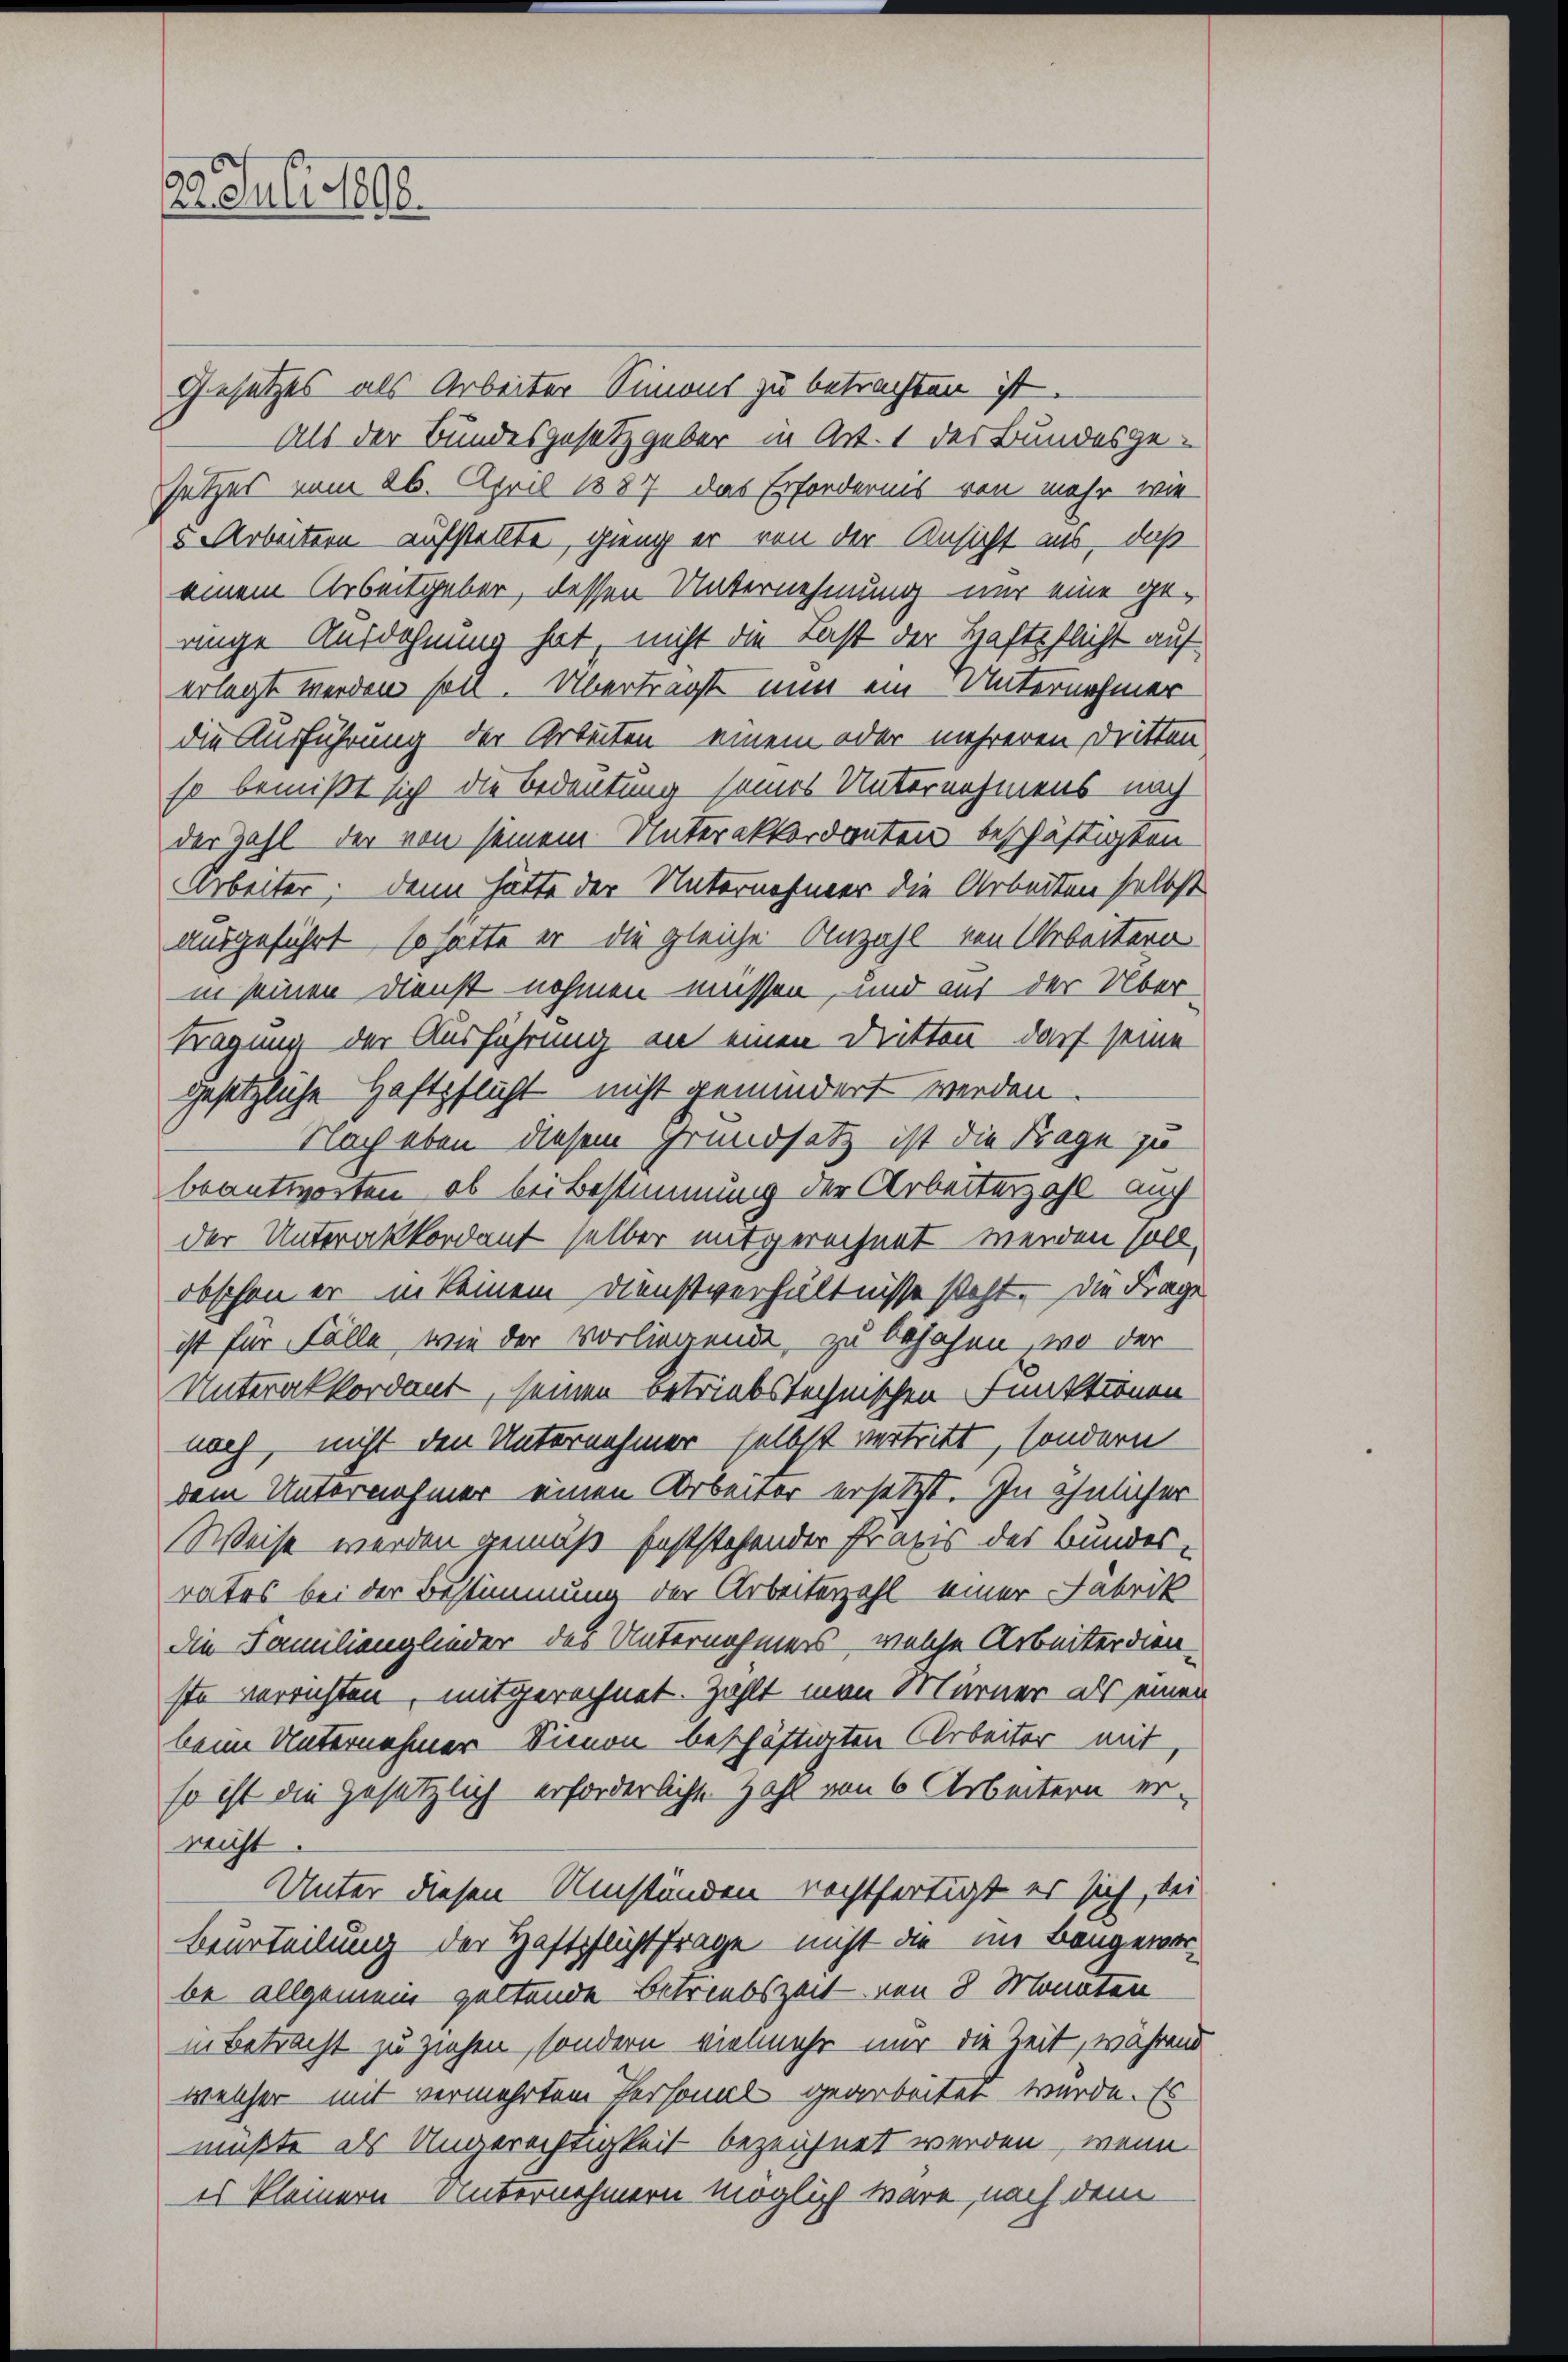
22. Juli 1898

Gesetzes als Arbeiter Simons zu betrachten ist.
Als der Bundesgesetzgeber in Art. 1 der Bundesgesetzes vom 26. April 1887 das Erfordernis von mehr wie
5 Arbeitern aufstellte, gieng er von der Ansicht aus, daß
einem Arbeitgeber, dessen Unternehmung nur eine geenge Ausdehnung hat, nicht die Last der Haftpflicht auf
erlegt werden soll. Übertragt nun ein Unternehmer
die Ausführung der Arbeiten einem oder mehreren Dritten
so bemißt sich die Bedeutung seines Unternehmens nach
der Zahl der von seinem Unterakkordanten beschäftigten
Arbeiter; dann hätte der Unternehmer die Arbeiten selbst
ausgeführt, so hätte er die gleiche Anzahl von Arbeitern
in seinen Dienst nehmen müssen, und aus der Über-
Frägung der Ausführung an einen Dritten darf seine
gesetzliche Haftpflicht nicht gemindert werden
Nach eben diesem Grundsatz ist die Frage zu
beantworten, ob bei Bestimmung der Arbeiterzahl auch
der Unterakkordant selber mitgerechnet werden soll.
obschon er in keinem Dienstverhältnisse steht. Die Frage
ist für Fälle, wie der vorliegende, zu besahen, wo der
Unterakkordant, seinen betriebstechnischen Funktionen
noch, nicht den Unternehmer selbst vertritt, sondern
dem Unternehmer einen Arbeiter ersetzt. In ähnlicher
Weise werden gemäß feststehender Praxis des Bundes-
rates bei der Bestimmung der Arbeiterzahl einer Fabrik
die Familienglieder des Unternehmers, welche Arbeiterdien-
ste verrichten, mitgerechnet. Zahlt man Mürner als einen
beim Unternehmer Simon beschäftigten Arbeiter mit
so ist die gesetzlich erforderliche Zahl von 6 Arbeitern er-
nicht
Unter diesen Umständen rechtfertigt er sich, bei
Beurteilung der Haftpflichtfrage nicht die im Bangeworbe allgemein geltende Betriebszeit von 8 Monaten
in Betracht zu ziehen, sondern vielmehr nur die Zeit, während
welcher mit vermehrten Personal gearbeitet wurde. Es
müßte als Ungerechtigkeit bezeichnet werden, wenn
es kleinern Unternehmern möglich wäre, nach dem